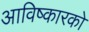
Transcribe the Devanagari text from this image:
आविष्कारको